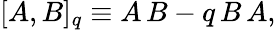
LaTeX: [A,B]_{q}\equiv A\, B-q\, B\, A,